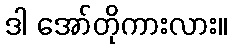
ဒါ အော်တိုကားလား။